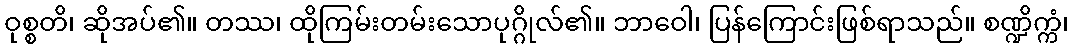
ဝုစ္စတိ၊ ဆိုအပ်၏။ တဿ၊ ထိုကြမ်းတမ်းသောပုဂ္ဂိုလ်၏။ ဘာဝေါ၊ ပြန်ကြောင်းဖြစ်ရာသည်။ စဏ္ဍိက္ကံ၊